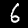
Label: 6